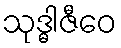
သုဒ္ဓါဇီဝေ